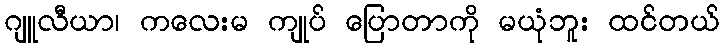
ဂျူလီယာ၊ ကလေးမ ကျုပ် ပြောတာကို မယုံဘူး ထင်တယ်